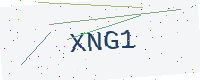
Text: XNG1